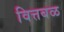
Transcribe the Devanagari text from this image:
वित्तबळ